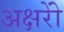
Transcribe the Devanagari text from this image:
अक्षरोें